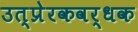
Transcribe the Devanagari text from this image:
उत्प्रेरकवर्धक